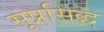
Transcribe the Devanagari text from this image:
सूप्रसिद्ध